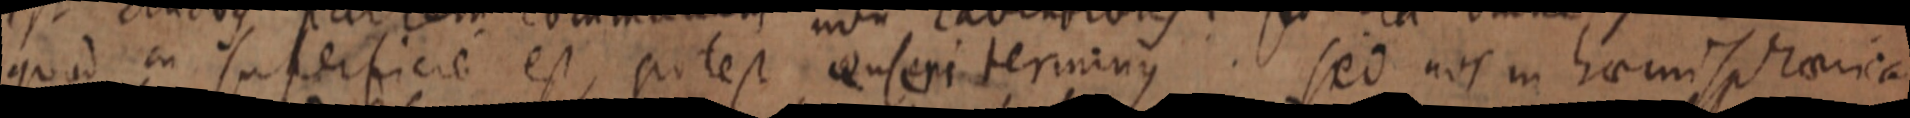
quod in superficie est, potest conferi terminus. sed nos in haemisphaerica